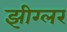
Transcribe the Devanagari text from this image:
झीग्लर